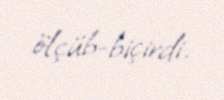
ölçüb-biçirdi.